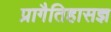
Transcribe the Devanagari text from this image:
प्रागैतिहासज्ञ